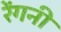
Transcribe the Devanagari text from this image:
रेंगनी